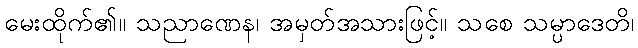
မေးထိုက်၏။ သညာဏေန၊ အမှတ်အသားဖြင့်။ သစေ သမ္ပာဒေတိ၊